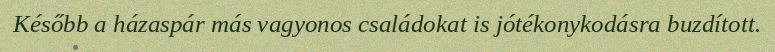
Később a házaspár más vagyonos családokat is jótékonykodásra buzdított.